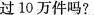
过10万件吗?